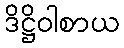
ဒိဋ္ဌိဝါစာယ